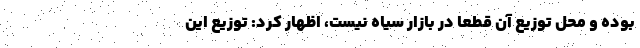
بوده و محل توزیع آن قطعا در بازار سیاه نیست، اظهار کرد: توزیع این